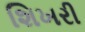
શિખરી